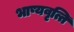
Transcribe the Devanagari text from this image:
भाष्यवृत्ति